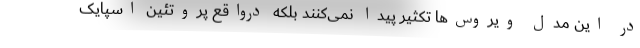
در این مدل ویروس‌ها تکثیر پیدا نمی‌کنند بلکه درواقع پروتئین اسپایک